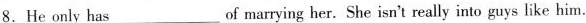
8.He only has___of marrying her. She isn't really into guys like him.